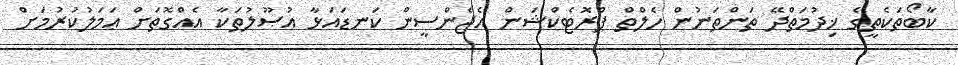
ކާބޯތަކެތީގެ ޚިދުމަތްދޭ ތަންތަނުން ހެލްތް ޕްރޮޓެކްޝަން އެޖެންސީން ކަނޑައަޅާ އުޞޫލުތަކާ އެއްގޮތަށް ޢަމަލުކުރުމަށް